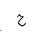
Letter: _ha